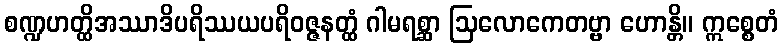
စဏ္ဍဟတ္ထိအဿာဒိပရိဿယပရိဝဇ္ဇနတ္ထံ ဂါမရစ္ဆာ ဩလောကေတဗ္ဗာ ဟောန္တိ။ ဣစ္စေတံ